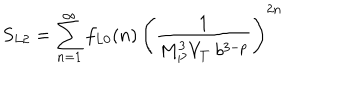
LaTeX: S _ { L 2 } = \sum _ { n = 1 } ^ { \infty } f _ { L 0 } ( n ) \, \left( { \frac { 1 } { M _ { P } ^ { 3 } V _ { T } ~ b ^ { 3 - p } } } \right) ^ { 2 n }